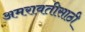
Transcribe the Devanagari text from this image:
अमरावतीसाठी